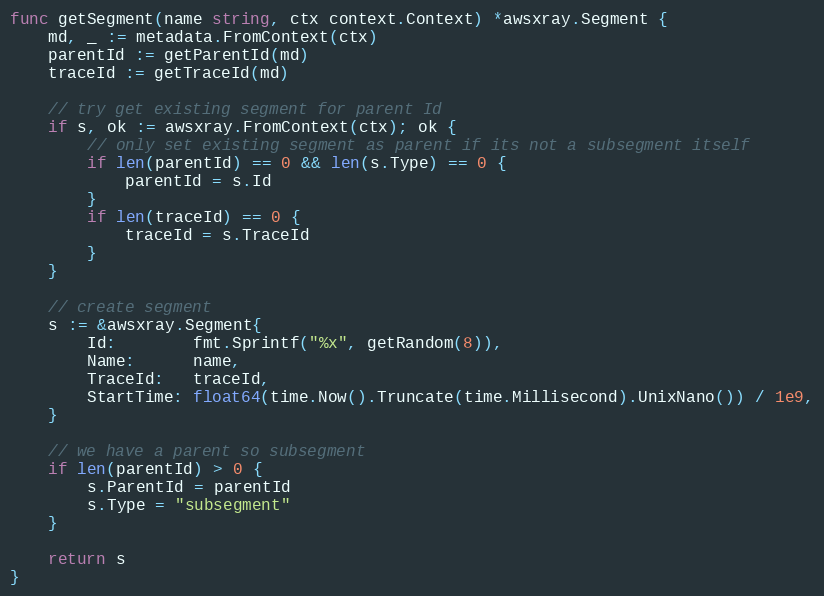
Language: Go
func getSegment(name string, ctx context.Context) *awsxray.Segment {
	md, _ := metadata.FromContext(ctx)
	parentId := getParentId(md)
	traceId := getTraceId(md)

	// try get existing segment for parent Id
	if s, ok := awsxray.FromContext(ctx); ok {
		// only set existing segment as parent if its not a subsegment itself
		if len(parentId) == 0 && len(s.Type) == 0 {
			parentId = s.Id
		}
		if len(traceId) == 0 {
			traceId = s.TraceId
		}
	}

	// create segment
	s := &awsxray.Segment{
		Id:        fmt.Sprintf("%x", getRandom(8)),
		Name:      name,
		TraceId:   traceId,
		StartTime: float64(time.Now().Truncate(time.Millisecond).UnixNano()) / 1e9,
	}

	// we have a parent so subsegment
	if len(parentId) > 0 {
		s.ParentId = parentId
		s.Type = "subsegment"
	}

	return s
}